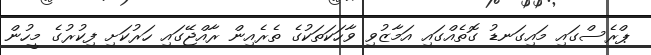
ޕްރެސްގައި މައިގަނޑު ގޮތެއްގައި އަމާޒުވި ވާހަކަތަކުގެ ތެރެއިން ރާއްޖޭގައި ހަރުކަށި ފިކުރުގެ މީހުން